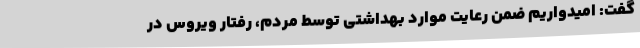
گفت: امیدواریم ضمن رعایت موارد بهداشتی توسط مردم، رفتار ویروس در